Vaccination in the Punjab 1897-1904 - 1897-1904
Year: 1897
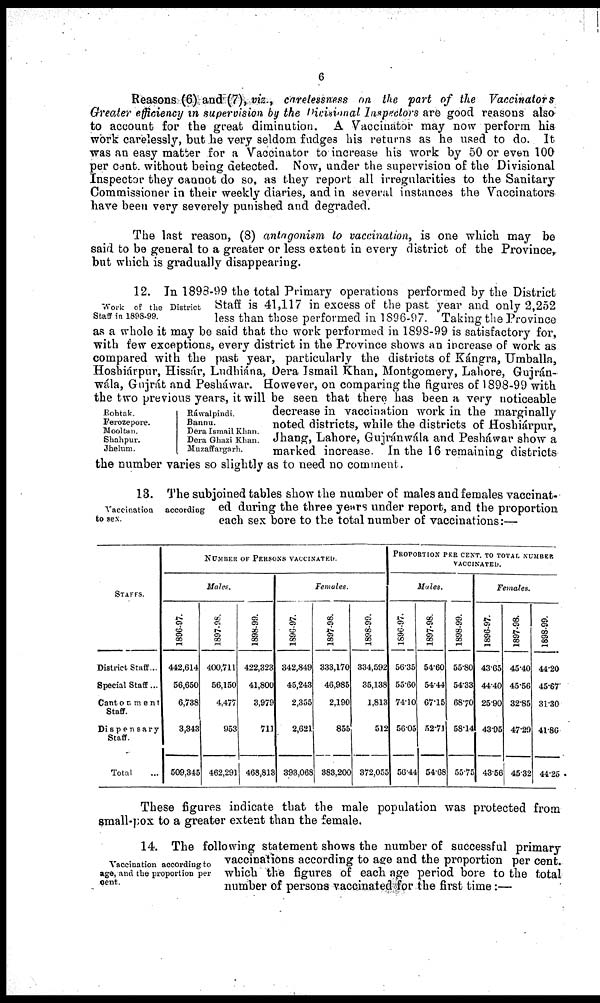
6
Reasons (6) and (7), viz., carelessness on the part of the Vaccinators
Greater efficiency in supervision by the Divisional Inspectors are good reasons also
to account for the great diminution. A Vaccinator may now perform his
work carelessly, but be very seldom fudges his returns as he used to do. It
was an easy matter for a Vaccinator to increase his work by 50 or even 100
per cent. without being detected. Now, under the supervision of the Divisional
Inspector they cannot do so, as they report all irregularities to the Sanitary
Commissioner in their weekly diaries, and in several instances the Vaccinators
have been very severely punished and degraded.
The last reason, (8) antagonism to vaccination, is one which may be
said to be general to a greater or less extent in every district of the Province,
but which is gradually disappearing.
Work of the District
Staff in 1898-99.
Rohtak.
Ferozepore.
Mooltan.
Shahpur.
Jhelum.
Ráwalpindi.
Bannu.
Dera Ismail Khan.
Dera Ghazi Khan.
Muzaffargarh.
12. In 1898-99 the total Primary operations performed by the District
Staff is 41,117 in excess of the past year and only 2,252
less than those performed in 1896-97. Taking the Province
as a whole it may be said that the work performed in 1898-99 is satisfactory for,
with few exceptions, every district in the Province shows an increase of work as
compared with the past year, particularly the districts of Kángra, Umballa,
Hoshiárpur, Hissár, Lndhiána, Dera Ismail Khan, Montgomery, Lahore, Gujrán¬
wála, Gujrát and Pesháwar. However, on comparing the figures of 1898-99 with
the two previous years, it will be seen that there has been a very noticeable
decrease in vaccination work in the marginally
noted districts, while the districts of Hoshiárpur,
Jhang, Lahore, Gujránwála and Peshawar show a
marked increase. In the 16 remaining districts
the number varies so slightly as to need no comment.
Vaccination
according
to sex
13. The subjoined tables show the number of males and females vaccinat-
ed during the three years under report, and the proportion
each sex bore to the total number of vaccinations:—
STAFFS.
District Staff ...
Special Staff ...
Cantonment
Staff. ...
Dispensary
Staff. ...
Total ...
NUMBER OF PERSONS VACCINATED.
Males.
1896-97.
442,614
56,650
6,738
3,343
509,345
1897-98.
400,711
56,150
4,477
953
462,291
1898-99.
422,323
41,800
3,979
711
468,818
Females.
1896-97.
342,849
45,243
2,355
2,621
393,068
1897-98.
333,170
46,985
2,190
855
383,200
1898-99.
334,592
35,138
1,813
512
372,055
PROPORTION PER CENT. TO TOTAL NUMBER.
VACCINATED.
Males.
1896-97.
56.35
55.60
74.10
56.05
56.44
1897-98.
54.60
54.44
67.15
52.71
54.68
1898-99.
55.80
54.33
68.70
58.14
55.75
Females.
1896-97.
43.65
44.40
25.90
43.55
43.56
1897-98.
45.40
45.56
32.85
47.29
45.32
1898-99.
44.20
45.67
31.30
41.86
44.25
These figures indicate that the male population was protected from
small-pox to a greater extent than the female.
Vaccination according to
age, and the proportion per
cent.
14. The following statement shows the number of successful primary
vaccinations according to age and the proportion per cent.
which the figures of each age period bore to the total
number of persons vaccinated for the first time:—